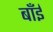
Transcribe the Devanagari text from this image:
बाँईं